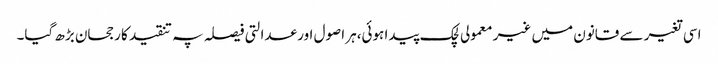
اسی تغیر سے قانون میں غیر معمولی لچک پیدا ہوئی،ہر اصول اور عدالتی فیصلہ پہ تنقید کا رجحان بڑھ گیا۔